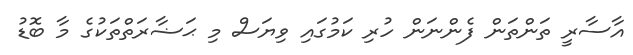
އާސާރީ ތަންތަން ފެންނަން ހުރި ކަމުގައި ވިޔަސް މި ޙަޟާރަތްތަކުގެ މާ ބޮޑު